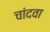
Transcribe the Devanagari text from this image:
चांदवा